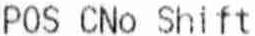
POS CNO SHIFT